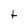
Character: t